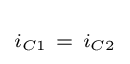
\scriptstyle i_{C1}~=~i_{C2}